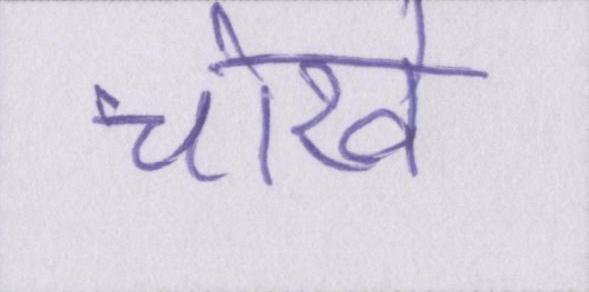
चोखे